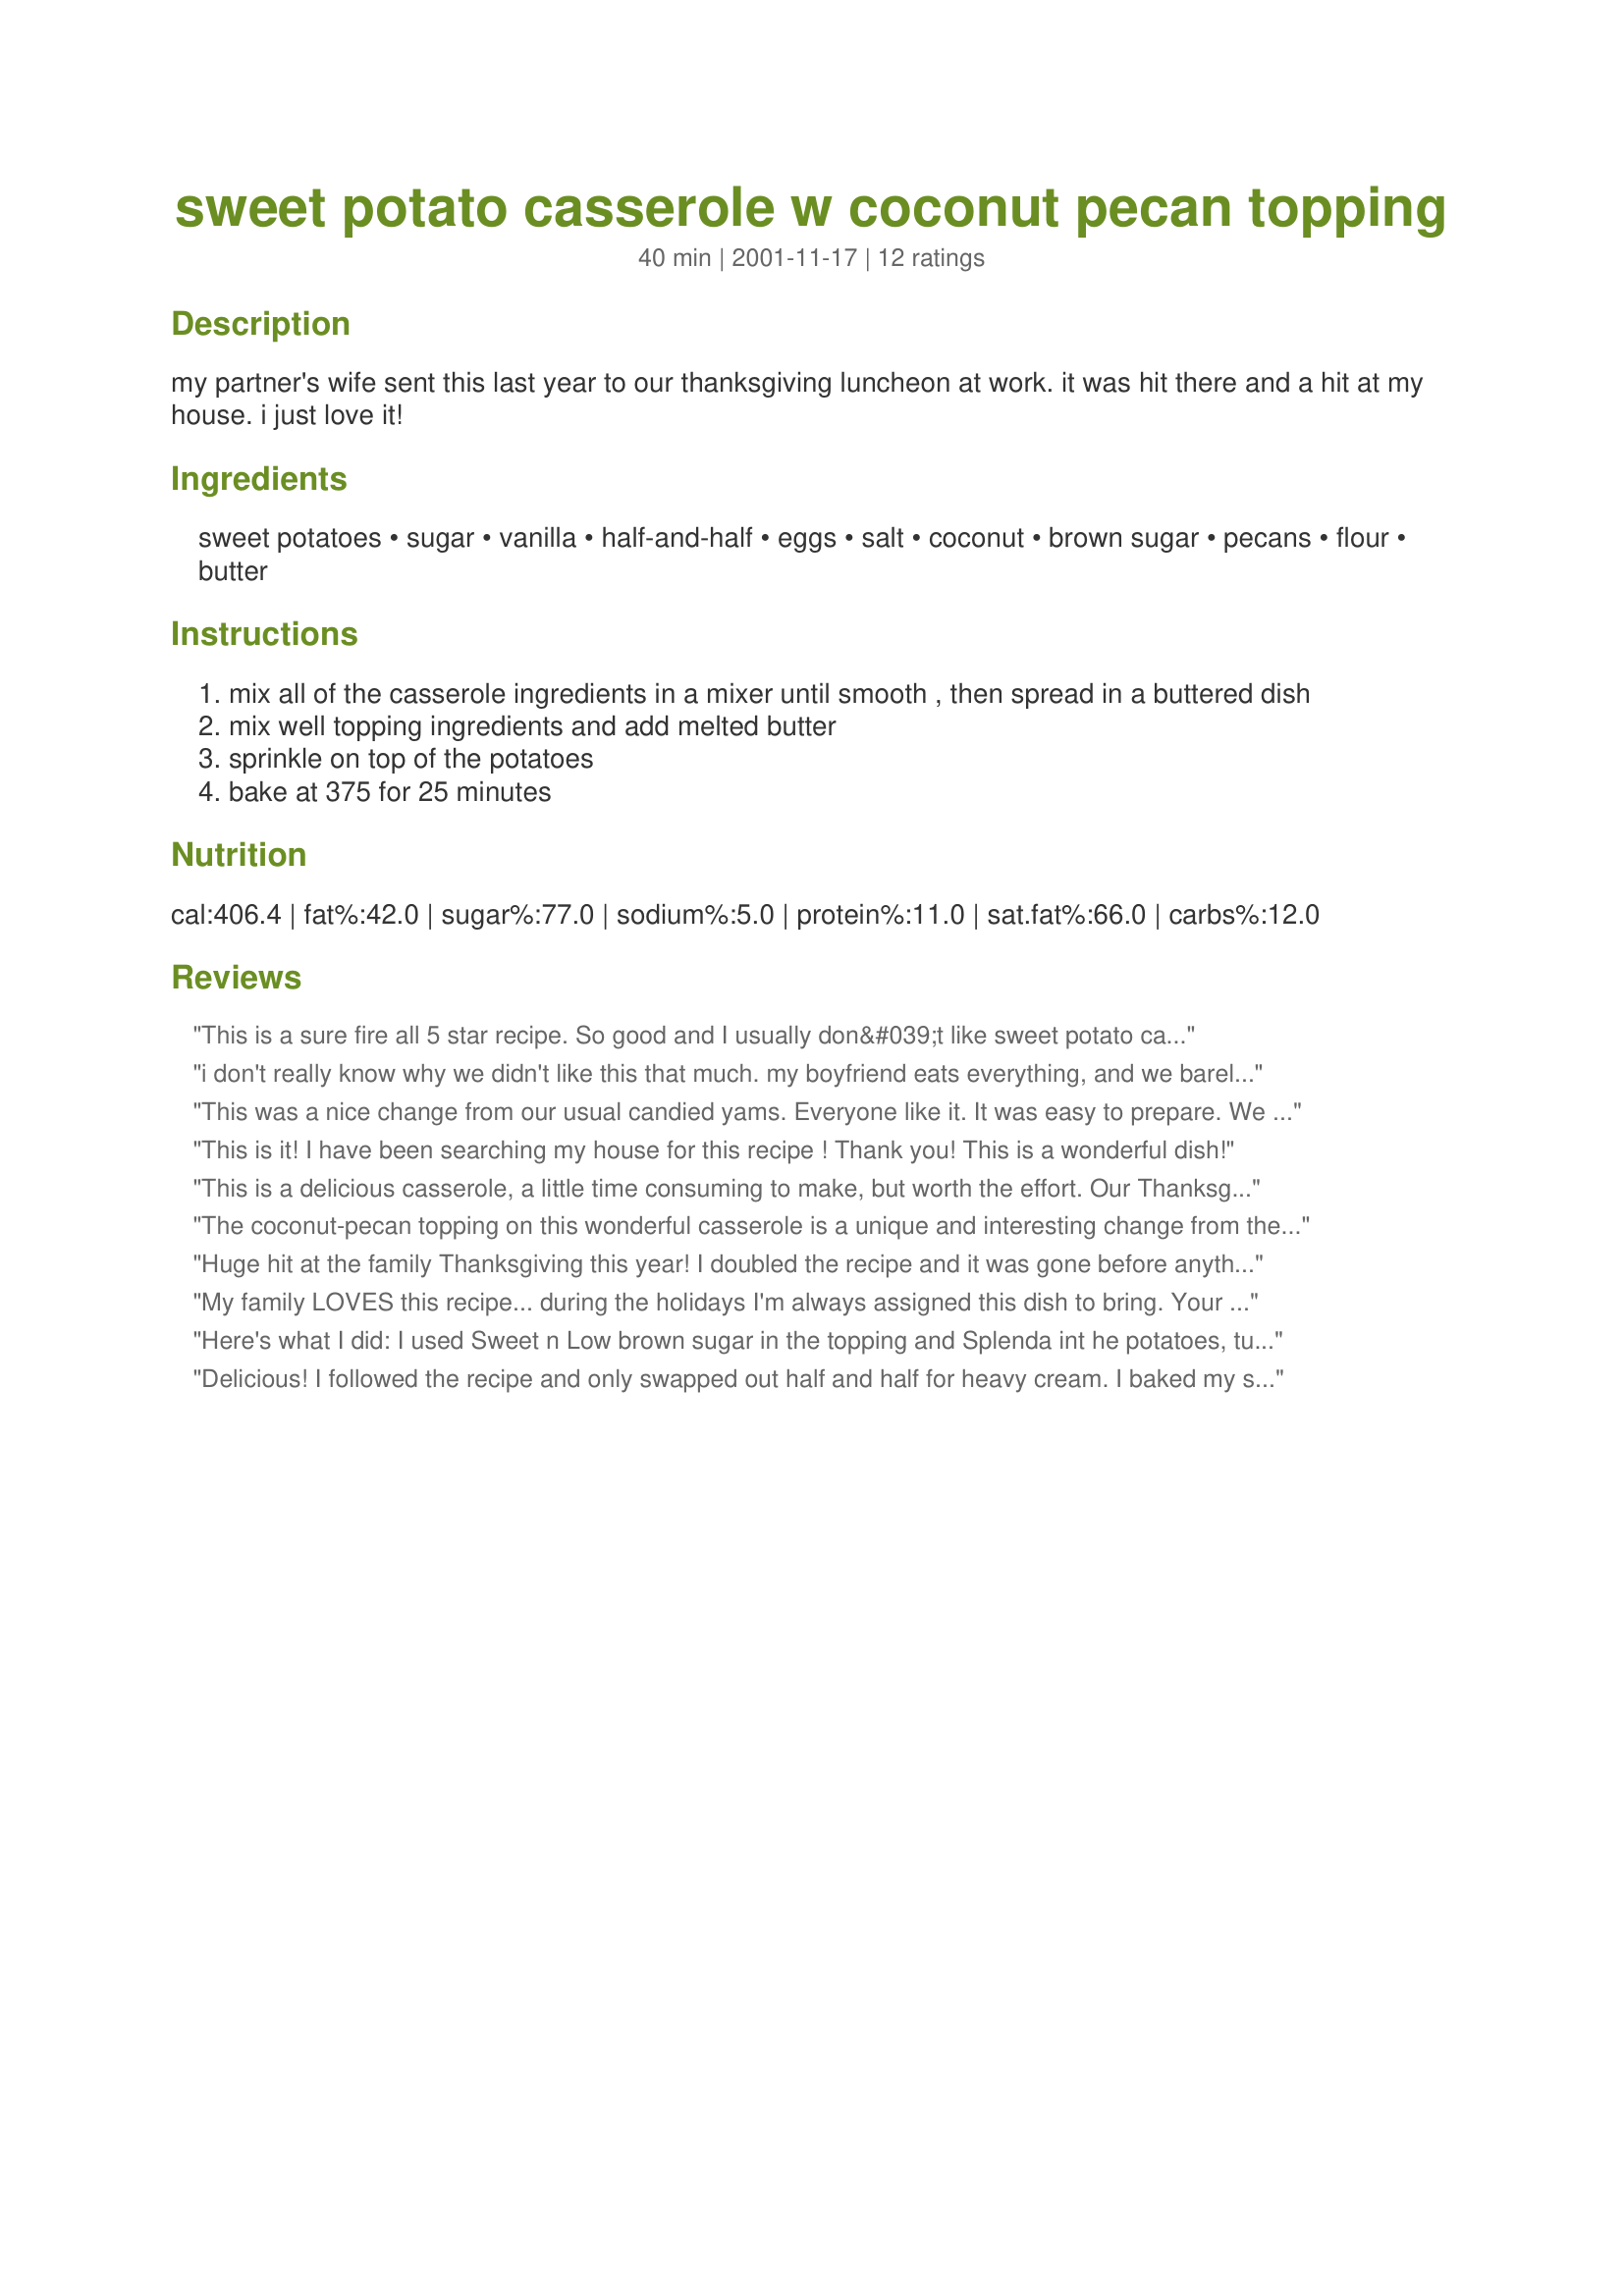
sweet potato casserole w coconut pecan topping
Preparation time: 40 minutes

my partner's wife sent this last year to our thanksgiving luncheon at work. it was hit there and a hit at my house. i just love it!

Ingredients:
sweet potatoes, sugar, vanilla, half-and-half, eggs, salt, coconut, brown sugar, pecans, flour, butter

Steps:
mix all of the casserole ingredients in a mixer until smooth , then spread in a buttered dish
mix well topping ingredients and add melted butter
sprinkle on top of the potatoes
bake at 375 for 25 minutes

Reviews:
This is a sure fire all 5 star recipe. So good and I usually don&#039;t like sweet potato casseroles done any ways as I find them almost syrupy in taste. But when invited to dinner I was asked to bring a sweet potato casserole so picked this one. I used heavy cream as didn&#039;t have half n half and added 1 teaspoon of cinnamon. Just put it all in the KA to blend well and then the topping as directed and baked. So simple I was almost embarrassed to bring something this easy. But oh my, the flavor, the topping really sets it off and the potato was so creamy and smooth. Not to sweet, just the perfect blend of spices. I now LOVE sweet potato casserole thanks to this recipe. This is going right into my &quot;Best of 2013&quot; book
i don't really know why we didn't like this that much. my boyfriend eats everything, and we barely ate one serving. I don't think we were a big fan of the eggs in the mixture. oh well, it sounds good tho.
This was a nice change from our usual candied yams. Everyone like it. It was easy to prepare. We all thought the nut topping made the dish. 

Thanks Mysterygirl.

Bullwinkle
This is it! I have been searching my house for this recipe ! Thank you! This is a wonderful dish!
This is a delicious casserole, a little time consuming to make, but worth the effort. Our Thanksgiving crowd loved it. I have one suggestion: a pinch or two of salt added to the sweet potato mixture makes the dish much tastier. [editor's note: the recipe was edited as a result of this review 12/18/02]
The coconut-pecan topping on this wonderful casserole is a unique and interesting change from the same old usual nut topping.This is a great recipe that's become my family's new favourite sweet potato dish.
Huge hit at the family Thanksgiving this year! I doubled the recipe and it was gone before anything else with everyone asking for the recipe! Thanks for sharing!!!!
My family LOVES this recipe... during the holidays I'm always assigned this dish to bring. Your family will love it too. **A key, make sure you blend the ingredients very well before baking. A stand mixer works perfect. The less lumps the better the casserole!
Here's what I did: I used Sweet n Low brown sugar in the topping and Splenda int he potatoes, turned out wonderful. I was tempted to use egg substitute but decided I had messed around enough. Great topping, loved it.
Delicious! I followed the recipe and only swapped out half and half for heavy cream. I baked my sweet potatoes the night before. I think next time around I'll try toasting the pecans prior and see how that turns out.
I am planning to serve these taters for Turkey Day and gave them a test run today. I was tempted to add a little cinnamon and nutmeg to the potatoes--I didn't---they were perfect. Thanks for sharing.
WOW! I made this as an after thought and took it to my brothers for Christmas dinner. It was a total hit. I used whipping cream instead of half & half and walnuts instead of pecans. It turned out great. Thanks for the recipe. It's a new favorite!
